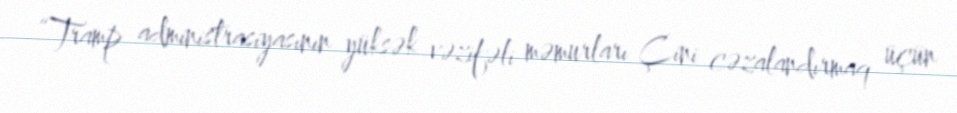
“Tramp administrasiyasının yüksək vəzifəli məmurları Çini cəzalandırmaq üçün